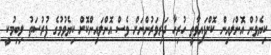
ކިޔެވުން އޮންލައިން ކޮށްފައިވާތީ ހުރިހާ ދަރިވަރުންނަށް ވެސް އޮންލައިންކޮށް ކިޔެވުމުގެ ފުރުސަތު ލިބިމުކީ